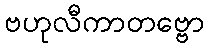
ဗဟုလီကာတဗ္ဗော